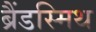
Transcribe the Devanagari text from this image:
ब्रैंडस्मिथ